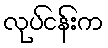
လုပ်ငန်းက